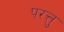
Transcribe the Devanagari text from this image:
परत्तु